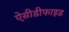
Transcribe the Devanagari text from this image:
ऐसीडीफाइड